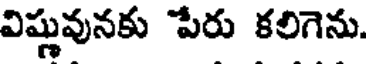
విష్ణువునకు పేరు కలిగెను.